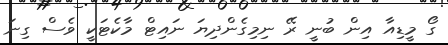
ގޯ މީޑިއާ އިން ބުނީ ރޭ ނިމިގެންދިޔަ ނައިޓް މާކެޓަކީ ވެސް ގިނަ